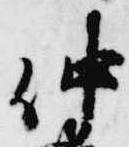
仲